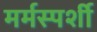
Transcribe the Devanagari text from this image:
मर्मस्‍पर्शी